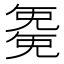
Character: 𭀱